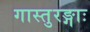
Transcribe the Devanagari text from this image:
गास्तुरङ्गाः